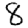
Digit: 8